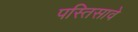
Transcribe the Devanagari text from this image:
पस्तिसावे